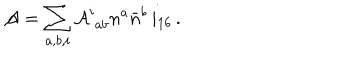
{ \cal A } = \sum _ { a , b , i } { \cal A } _ { \, \, a b } ^ { i } n ^ { a } { \bar { n } } ^ { b } \, i _ { 1 6 } \, .